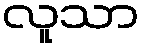
လူသာ